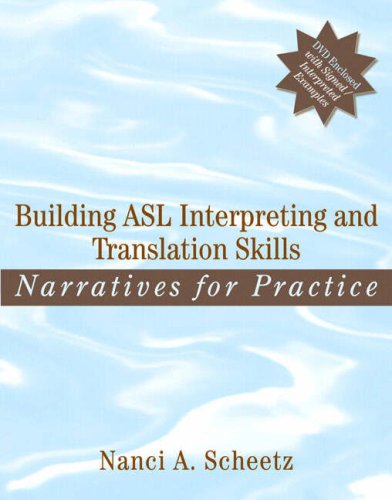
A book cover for Building ASL Interpreting and Translation Skills: Narratives for Practice (with DVD); Nanci A. Scheetz; Reference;